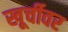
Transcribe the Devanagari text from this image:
खूर्चीवर